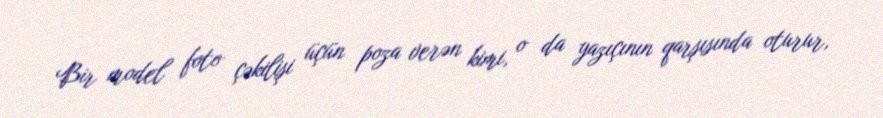
Bir model foto çəkilişi üçün poza verən kimi, o da yazıçının qarşısında oturur,